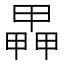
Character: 𤳅